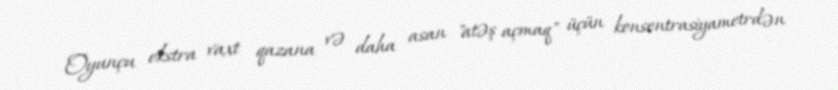
Oyunçu ekstra vaxt qazana və daha asan "atəş açmaq" üçün konsentrasiyametrdən